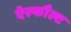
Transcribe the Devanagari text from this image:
ऐस्फौल्ट